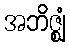
အဘိဇ္ဈံ